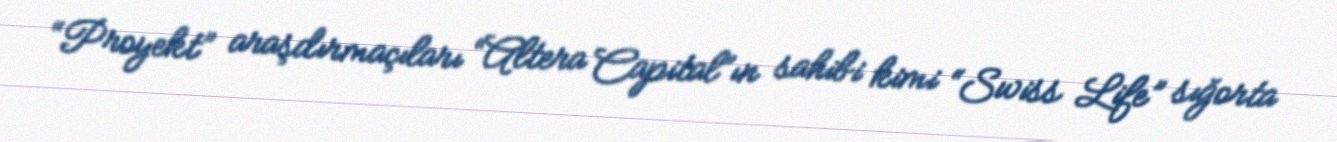
“Proyekt” araşdırmaçıları “Altera Capital”ın sahibi kimi “Swiss Life” sığorta